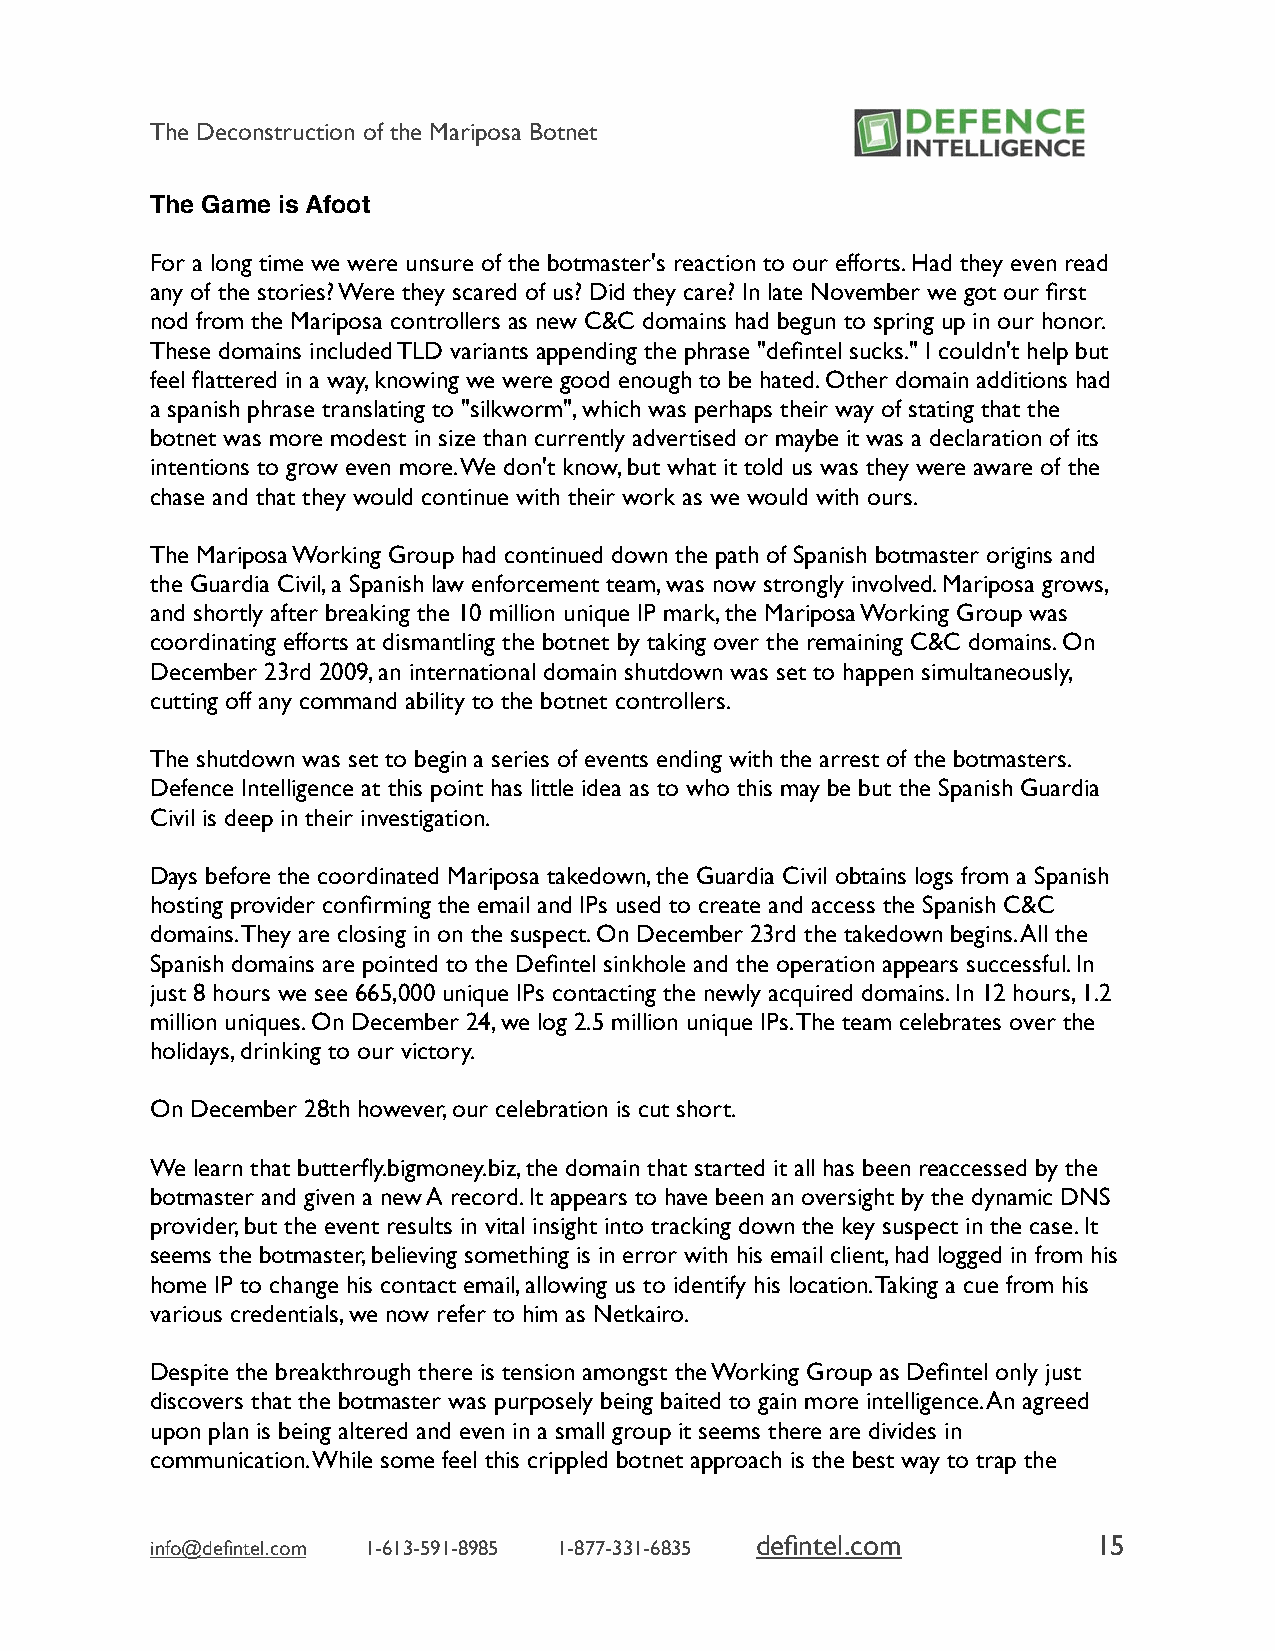
The Deconstruction of the Mariposa Botnet
 The Game is Afoot
 For a long time we were unsure of the botmaster's reaction to our efforts. Had they even read
 any of the stories? Were they scared of us? Did they care? In late November we got our first
 nod from the Mariposa controllers as new C&C domains had begun to spring up in our honor.
 These domains included TLD variants appending the phrase "defintel sucks." I couldn't help but
 feel flattered in a way, knowing we were good enough to be hated. Other domain additions had
 a spanish phrase translating to "silkworm", which was perhaps their way of stating that the
 botnet was more modest in size than currently advertised or maybe it was a declaration of its
 intentions to grow even more. We don't know, but what it told us was they were aware of the
 chase and that they would continue with their work as we would with ours.
 The Mariposa Working Group had continued down the path of Spanish botmaster origins and
 the Guardia Civil, a Spanish law enforcement team, was now strongly involved. Mariposa grows,
 and shortly after breaking the 10 million unique IP mark, the Mariposa Working Group was
 coordinating efforts at dismantling the botnet by taking over the remaining C&C domains. On
 December 23rd 2009, an international domain shutdown was set to happen simultaneously,
 cutting off any command ability to the botnet controllers.
 The shutdown was set to begin a series of events ending with the arrest of the botmasters.
 Defence Intelligence at this point has little idea as to who this may be but the Spanish Guardia
 Civil is deep in their investigation.
 Days before the coordinated Mariposa takedown, the Guardia Civil obtains logs from a Spanish
 hosting provider confirming the email and IPs used to create and access the Spanish C&C
 domains. They are closing in on the suspect. On December 23rd the takedown begins. All the
 Spanish domains are pointed to the Defintel sinkhole and the operation appears successful. In
 just 8 hours we see 665,000 unique IPs contacting the newly acquired domains. In 12 hours, 1.2
 million uniques. On December 24, we log 2.5 million unique IPs. The team celebrates over the
 holidays, drinking to our victory.
 On December 28th however, our celebration is cut short.
 We learn that butterfly.bigmoney.biz, the domain that started it all has been reaccessed by the
 botmaster and given a new A record. It appears to have been an oversight by the dynamic DNS
 provider, but the event results in vital insight into tracking down the key suspect in the case. It
 seems the botmaster, believing something is in error with his email client, had logged in from his
 home IP to change his contact email, allowing us to identify his location. Taking a cue from his
 various credentials, we now refer to him as Netkairo.
 Despite the breakthrough there is tension amongst the Working Group as Defintel only just
 discovers that the botmaster was purposely being baited to gain more intelligence. An agreed
 upon plan is being altered and even in a small group it seems there are divides in
 communication. While some feel this crippled botnet approach is the best way to trap the
 defintel.com           15
 info@defintel.com 1-613-591-8985 1-877-331-6835